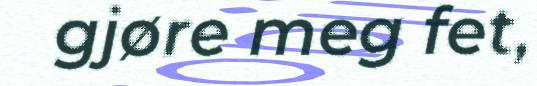
gjøre meg fet,